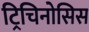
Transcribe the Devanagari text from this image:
ट्रिचिनोसिस